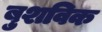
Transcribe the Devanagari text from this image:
बुशविक